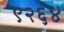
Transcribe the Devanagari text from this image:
९२६४